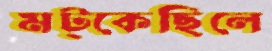
মট্‌কেছিলে